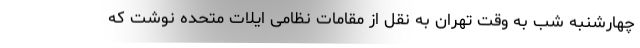
چهارشنبه شب به وقت تهران به نقل از مقامات نظامی ایلات متحده نوشت که